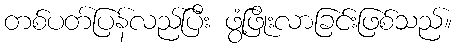
တစ်ပတ်ပြန်လည်ပြီး ဖွံ့ဖြိုးလာခြင်းဖြစ်သည်။